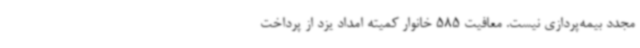
مجدد بیمه‌پردازی نیست. معافیت 585 خانوار کمیته امداد یزد از پرداخت